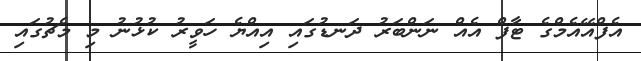
އެފްއޭއެމްގެ ޓާފް އެއް ނަންބަރު ދަނޑުގައި އިއްޔެ ހަވީރު ކުޅުނު މި މެޗުގައި